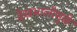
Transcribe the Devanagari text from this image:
देखभालीमुळे